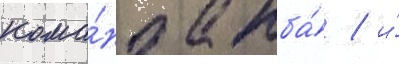
кома́нда нба́ / и́